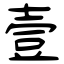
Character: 壹